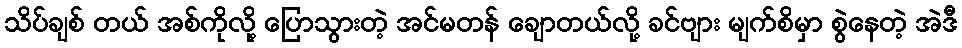
သိပ်ချစ် တယ် အစ်ကိုလို့ ပြောသွားတဲ့ အင်မတန် ချောတယ်လို့ ခင်ဗျား မျက်စိမှာ စွဲနေတဲ့ အဲဒီ